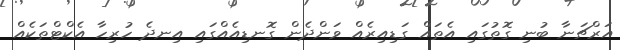
އަރްޗަނާ ބުނި ގޮތުގައި އެތައް ގަޑިއިރެއް ވަންދެން ގޮނޑިއެއްގައި އިނދެ ހުރިހާ އެކްޓްތަކެއް